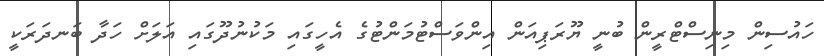
ހައުސިން މިނިސްޓްރީން ބުނީ ޔޫރަޕިއަން އިންވަސްޓުމަންޓުގެ އެހީގައި މަކުނުދޫގައި އަލަށް ހަދާ ބަނދަރަކީ